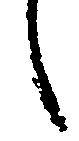
し